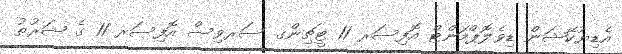
އެޑިޔުކޭޝަން ޑިވެލޮޕްމަންޓް އޮފިސަރ 11 ޓީޗިންގ ސަރވިސް އޮފިސަރ 11 ގެ ޝަރުޠު